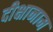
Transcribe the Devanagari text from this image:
दीक्षानाम